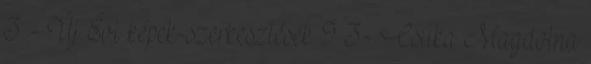
3 - Új Évi képek-szerkesztések 9 3- Csuka Magdolna